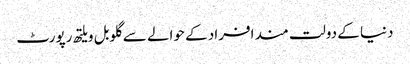
دنیا کے دولت مند افراد کے حوالے سے گلوبل ویلتھ رپورٹ